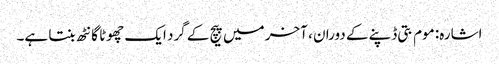
اشارہ: موم بتی ڈپنے کے دوران ، آخر میں پیچ کے گرد ایک چھوٹا گانٹھ بنتا ہے۔